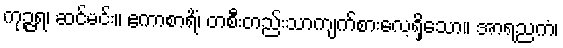
ကုဉ္ဇရ၊ ဆင်မင်း။ ဧကာစာရိံ၊ တစီးတည်းသာကျက်စားလေ့ရှိသော။ အာရညကံ၊